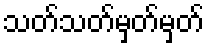
သတ်သတ်မှတ်မှတ်